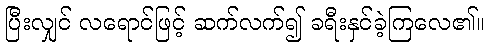
ပြီးလျှင် လရောင်ဖြင့် ဆက်လက်၍ ခရီးနှင်ခဲ့ကြလေ၏။